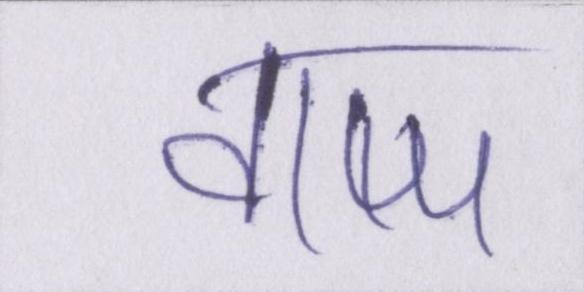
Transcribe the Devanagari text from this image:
वाष्प